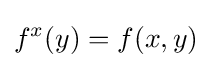
f^{x}(y)=f(x,y)